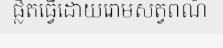
ផ្លិតធ្វើដោយរោមសត្វពណ៌